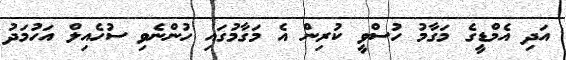
އަދި އެމްޑީގެ މަގާމު ހުސްވީ ކުރިން އެ މަގާމުގައި ހުންނެވި ސުހެއިލް އަހުމަދު